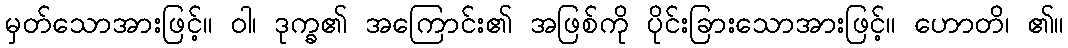
မှတ်သောအားဖြင့်။ ဝါ၊ ဒုက္ခ၏ အကြောင်း၏ အဖြစ်ကို ပိုင်းခြားသောအားဖြင့်။ ဟောတိ၊ ၏။